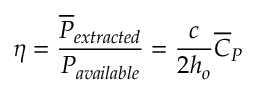
\eta = \frac { \overline { { P } } _ { e x t r a c t e d } } { P _ { a v a i l a b l e } } = \frac { c } { 2 h _ { o } } \overline { { C } } _ { P }